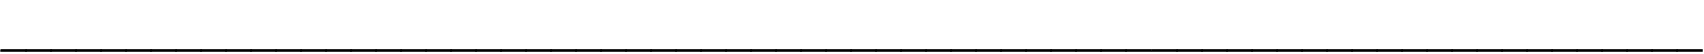
____________________________________________________________________